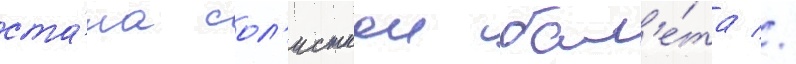
ста́ла сол'исткои бал'е́та //